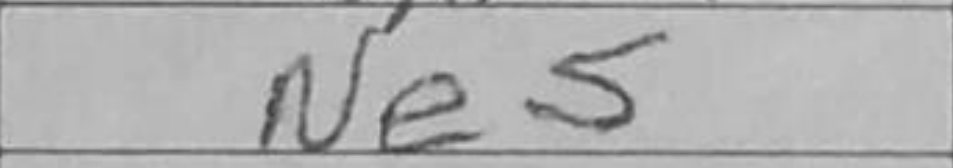
Transcription: Ne5